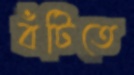
বঁটিতে